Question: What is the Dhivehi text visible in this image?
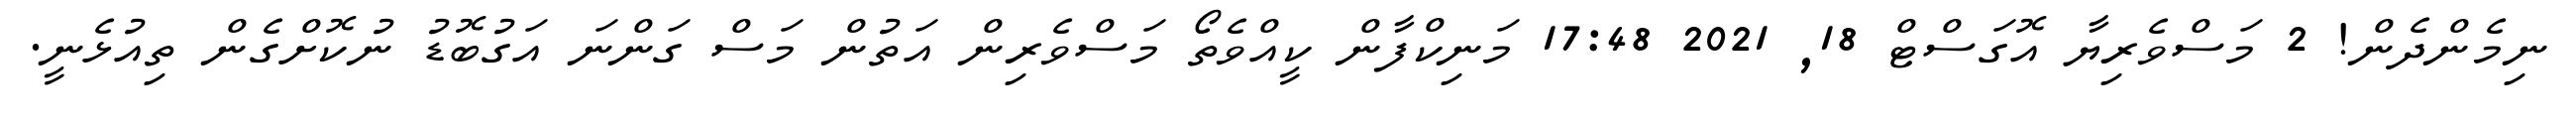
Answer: ނިމެންދެން! 2 މަސްވެރިޔާ އޮގަސްޓް 18, 2021 17:48 މަނިކްފާން ކީއްވެތޯ މަސްވެރިން އަތުން މަސް ގަންނަ އަގުބޮޑު ނުކޮށްގެން ތިއުޅެނީ.